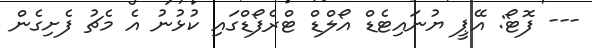
--- ފޮޓޯ: އޭޕީ ޔުނައިޓެޑް އޯލްޑް ޓްރެފޯޑްގައި ކުޅުނު އެ މެޗު ފެށިގެން